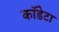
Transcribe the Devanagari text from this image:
कॉडेटा